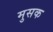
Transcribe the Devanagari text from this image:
मुसक